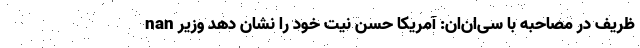
nan ظریف در مصاحبه با سی‌ان‌ان: آمریکا حسن نیت خود را نشان دهد وزیر